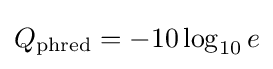
Q_{\text{phred}}=-10\log _{10}e